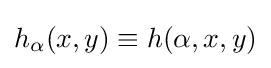
h_{\alpha }(x,y)\equiv h(\alpha ,x,y)